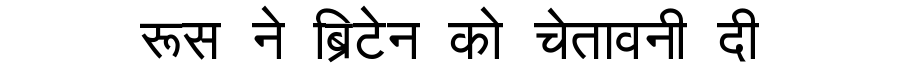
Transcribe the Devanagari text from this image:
रूस ने ब्रिटेन को चेतावनी दी